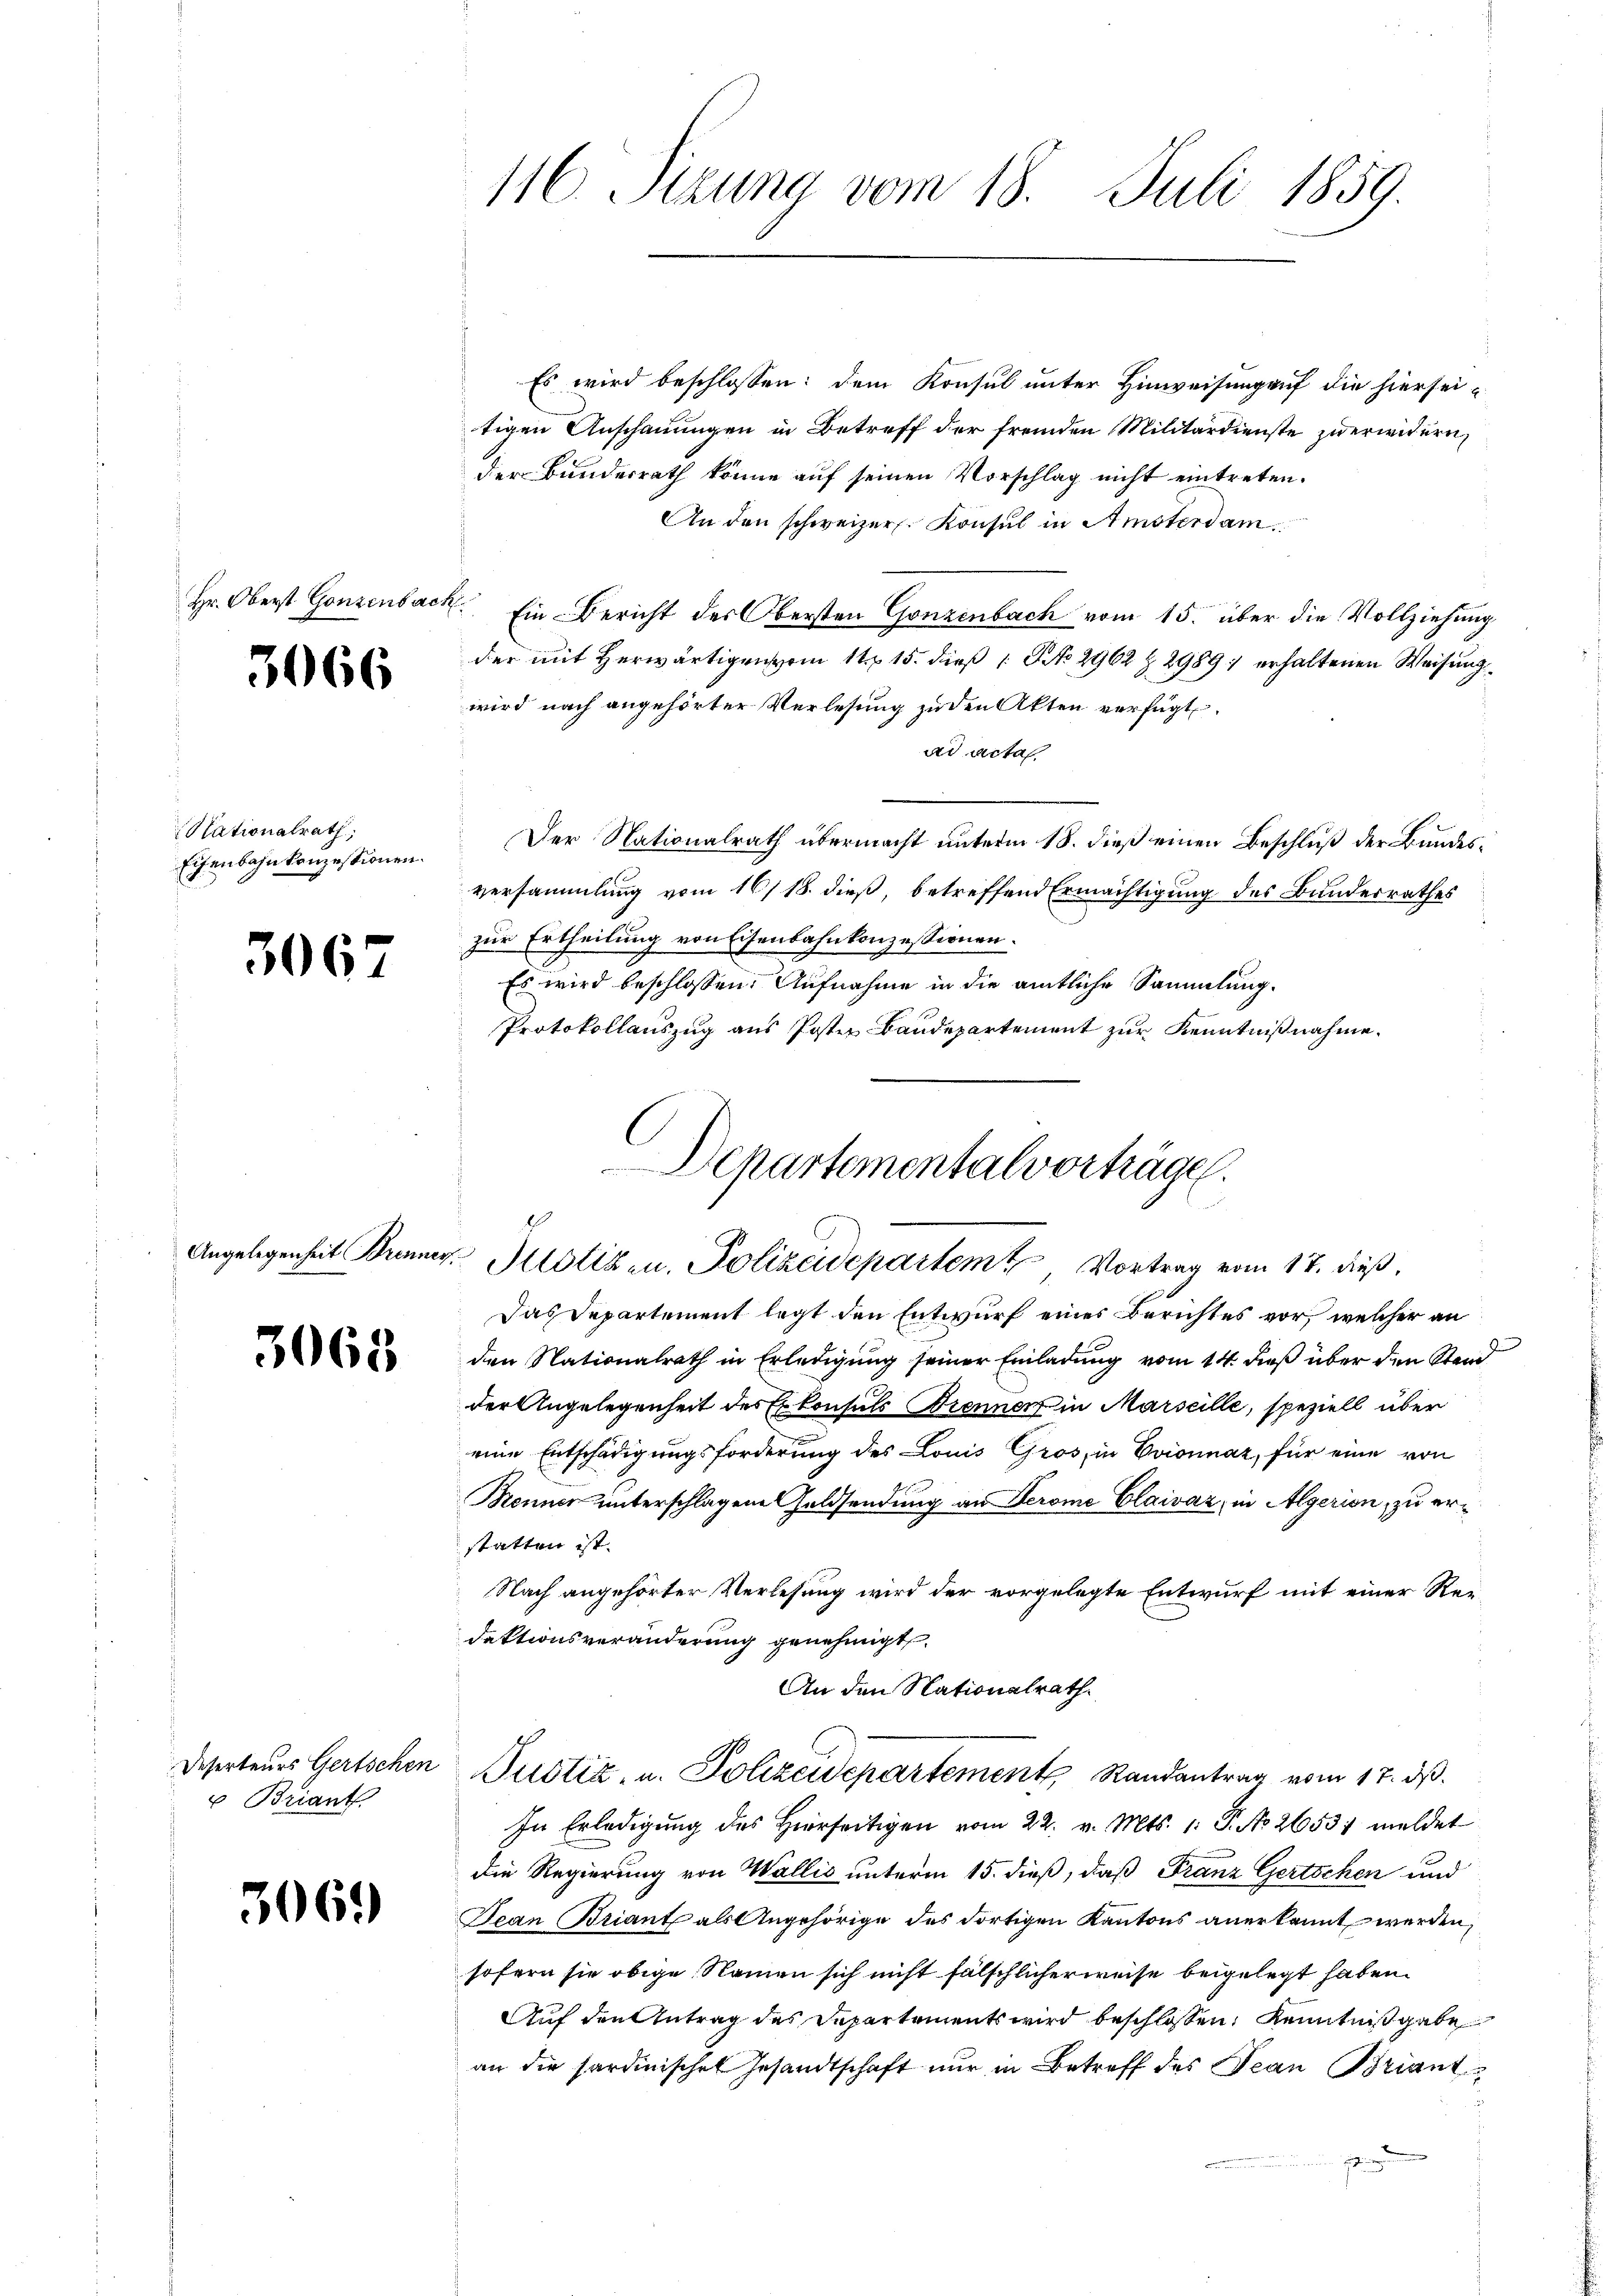
Hr. Oberst Gonzenbach.

3066

Nationalrath,
Eisenbahnkonzessionen.

3067

Angelegenheit Brenner

3068

Deserteurs Gertschen
u Briant

3061

Es wird beschlossen: dem Konsul unter Hinweisung auf die hiersei-
tigen Anschauungen in Betreff der fremden Militärdienste zuerwidern,
der Bundesrath könne auf seinen Vorschlag nicht eintreten.
An den schweizer. Konsul in Amsterdam
Ein Bericht des Obersten Gonzenbach vom 15. über die Vollziehung
der mit Herwärtigen vom 11 15. dieß: No 2962 Z. 2989 erhaltenen Weisung
wird nach angehörter Verlesung zu den Akten verfügt.
ad acta
Der Nationalrath übermacht unterm 18. dieß einen Beschluß der Bundesversammlung vom 16/18. dieß, betreffend Ermächtigung des Bundesrathes
zur Ertheilung von Eisenbahnkonzessionen.
Es wird beschlossen: Aufnahme in die amtliche Sammlung.
Protokollauszug aus Poster Bandepartement zur Kenntnißnahme.
Departementalvorträge.

116. Sizung vom 18. Juli 1859

v. Potizen, Polizeidepartem Vortrag vom 17. dieß,

Das Departement legt den Entwurf eines Berichtes vor, welcher an
den Nationalrath in Erledigung seiner Einladung vom 14. dieß über den Stand
der Angelegenheit des Exkonsuls Brennen in Marseille, speziell über
eine Entschädigungsforderung des Louis Gros, in Evionnaz, für eine von
Benner unterschlagene Geldsendung an Jerome Claivaz, in Algerien, zu erstatten ist.
Nach angehörter Verlesung wird der vorgelegte Entwurf mit einer Redaktionsveränderung genehmigt
An den Nationalrath
Justiz- u. Polizeidepartement Randantrag vom 17. ds.
In Erledigŭng des hierseitigen vom 22. v. Mts. 1. P. No. 2653; meldet
die Regierung von Wallis unterm 15. dieß, daß Franz Gertschen und
Jean Briant als Angehörige des dortigen Kantons anerkannt werden,
sofern sie obige Namen sich nicht fälschlicherweise beigelegt haben.
Auf den Antrag des Departements wird beschlossen, Kenntniß gebe
an die sardinischen Gesandtschaft nur in Betreff des Jean Briant
s